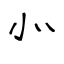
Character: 㣺